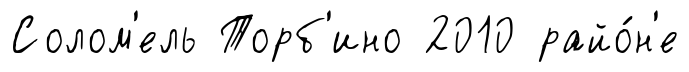
Солом'ель Торб'ино 2010 райо́н'е